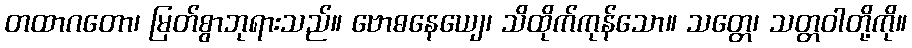
တထာဂတော၊ မြတ်စွာဘုရားသည်။ ဗောဓနေယျေ၊ သိထိုက်ကုန်သော။ သတ္တေ၊ သတ္တဝါတို့ကို။